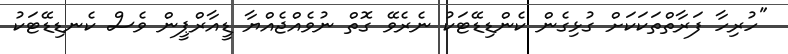
"ހުރިހާ ފަރާތްތަކަކަށް ގުޅިގެން ކެންޑިޑޭޓަކު ނެރެވޭ ގޮތް ނުވެއްޖެއްޔާ ޑީއާރްޕީން ވެސް ކެނޑިޑޭޓަކު